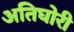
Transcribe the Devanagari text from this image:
अतिघोरी